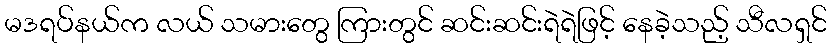
မဒရပ်နယ်က လယ် သမားတွေ ကြားတွင် ဆင်းဆင်းရဲရဲဖြင့် နေခဲ့သည့် သီလရှင်